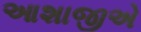
આશાજીએ